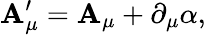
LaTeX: \mathbf{A}_{\mu}^{\prime}=\mathbf{A}_{\mu}+\partial_{\mu}\alpha,